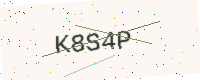
Text: K8S4P